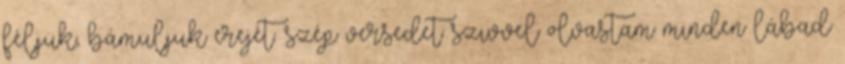
féljük, bámuljuk erejét. szép versedet szivvel olvastam minden lábad